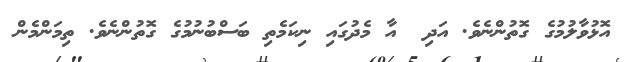
އޮޅުވާލުމުގެ ގޮތުންނެވެ. އަދި  އާ މެދުގައި ނިކަމެތި ބަސްބުނުމުގެ ގޮތުންނެވެ. ތިމަންމެން